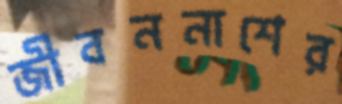
জীবননাশের